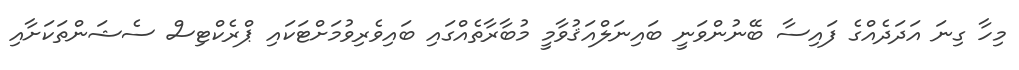
މިހާ ގިނަ އަދަދެއްގެ ފައިސާ ބޭނުންވަނީ ބައިނަލްއަޤުވާމީ މުބާރާތެއްގައި ބައިވެރިވުމަށްޓަކައި ޕްރެކްޓިސް ސެޝަންތަކަށާއި